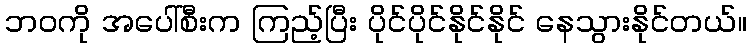
ဘဝကို အပေါ်စီးက ကြည့်ပြီး ပိုင်ပိုင်နိုင်နိုင် နေသွားနိုင်တယ်။